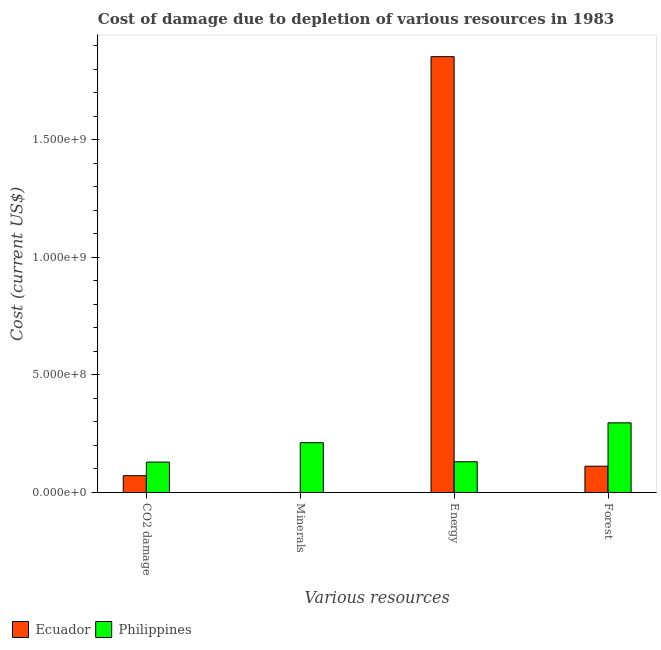
| Various resources | Ecuador | Philippines |
 | --- | --- | --- |
 | CO2 damage | 7.14e+07 | 1.29e+08 |
 | Minerals | 4.22e+04 | 2.12e+08 |
 | Energy | 1.85e+09 | 1.31e+08 |
 | Forest | 1.12e+08 | 2.96e+08 |